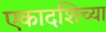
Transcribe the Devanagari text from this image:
एकादशिच्या